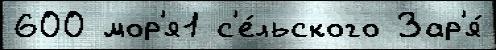
600 мор'я1 с'е́льского Зар'я́